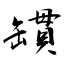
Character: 罆